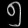
Digit: ၅